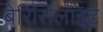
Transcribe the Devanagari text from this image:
बेरिसिलाइट